Lunatic asylums Central Provinces reports 1874-1885 - 1874-1885
Year: 1874
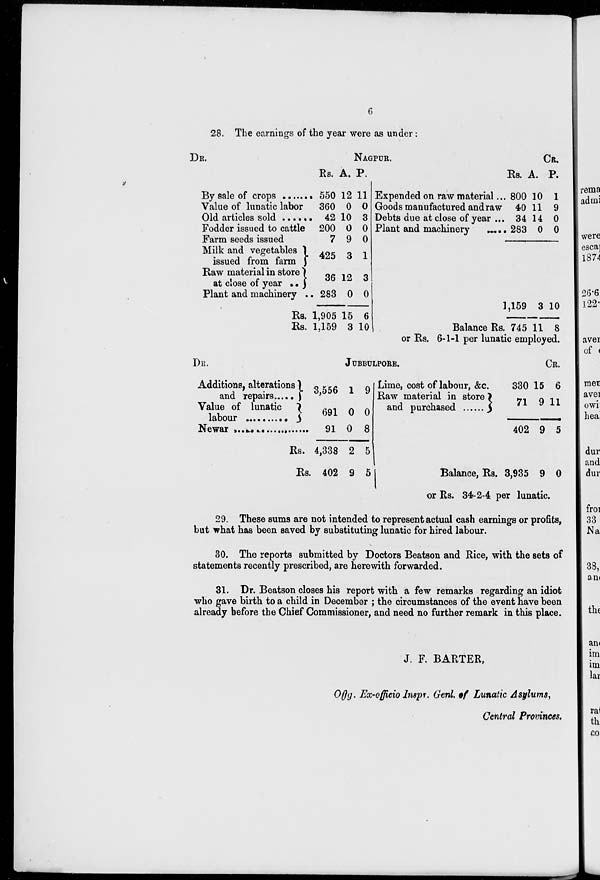
6
28. The earnings of the year were as under:
DR.
NAGPUR.
By sale of crops
.......
Value of lunatic labor
Old articles sold .......
Fodder issued to cattle
Farm seeds issued
Milk and vegetables
issued from farm
Raw material in store
at close of year ..
Plant and machinery ..
RS.
RS.
Rs.
550
360
42
200
7
425
36
283
1,905
1,159
A. P.
12 11
0
10
0
9
3
12
0
15
3
0
3
0
0
1
3
0
6
10
Expended on raw material ...
Goods manufactured and raw
Debts due at close of year ...
Plant and machinery
......
Balance Rs.
Rs.
800
40
34
283
1,159
745
A.
10
11
14
0
3
11
CR.
P.
1
9
0
0
10
8
or Rs. 6-1-1 per lunatic employed.
DR.
JUBBULPORE.
Additions, alterations
and repairs
....
Value of lunatic
labour ..........
Newar ...................
Rs.
Rs.
3,556
691
91
4,338
402
1
0
0
2
9
9
0
8
5
5
Lime, cost of labour, &c.
Raw material in store
and purchased ......
Balance, Rs.
330
71
402
3,935
15
9
9
9
CR.
6
11
5
0
or Rs. 34-2-4 per lunatic.
29. These sums are not intended to represent actual cash earnings or profits,
but what has been saved by substituting lunatic for hired labour.
30. The reports submitted by Doctors Beatson and Rice, with the sets of
statements recently prescribed, are herewith forwarded.
31. Dr. Beatson closes his report with a few remarks regarding an idiot
who gave birth to a child in December; the circumstances of the event have been
already before the Chief Commissioner, and need no further remark in this place.
J. F. BARTER,
Offg. Ex-officio Impr. Genl. of Lunatic Asylums,
Central Provinces.